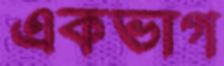
একভাগ